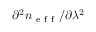
\partial ^ { 2 } n _ { \mathrm { ~ e ~ f ~ f ~ } } / \partial \lambda ^ { 2 }